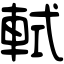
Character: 軾